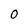
Character: O